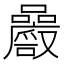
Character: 𡅝